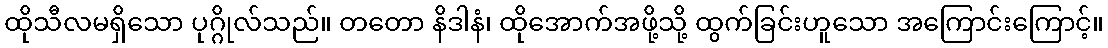
ထိုသီလမရှိသော ပုဂ္ဂိုလ်သည်။ တတော နိဒါနံ၊ ထိုအောက်အဖို့သို့ ထွက်ခြင်းဟူသော အကြောင်းကြောင့်။